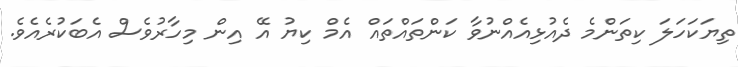
ތިޔަކަހަލަ ކިތަންމެ ދެއުޅިއެއްނުވާ ކަންތައްތައް އެމް ކިޔު އޭ އިން މިހާރުވެސް އެބަކުރެއެވެ.